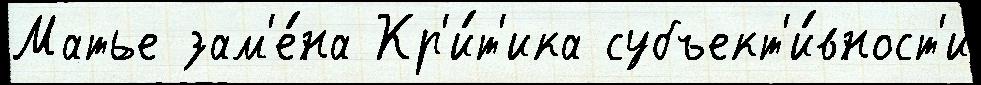
Матье зам'е́на Кр'и́т'ика субъект'и́вност'и